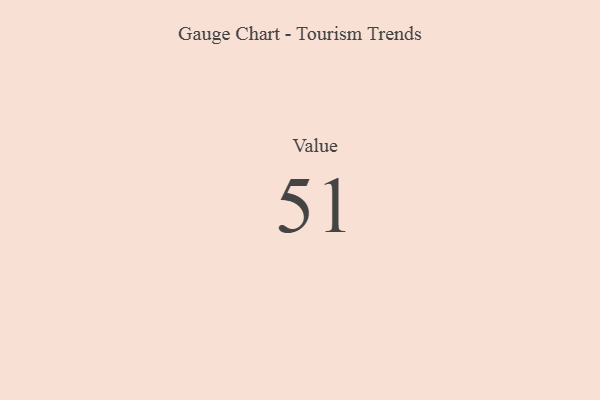
{"axis": {"x": "Metric", "y": "Value"}, "legend": [""], "data": [{"x": "Value", "y": 51, "type": ""}]}